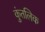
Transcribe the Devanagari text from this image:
कुंतलिक